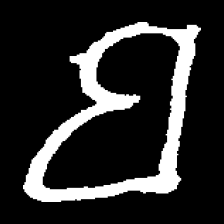
Pyu character \u2014 Myanmar letter: ဗ (romanized: ba)